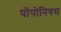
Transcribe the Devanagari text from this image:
पोंपोनियस